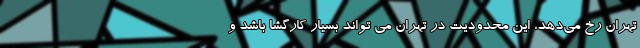
تهران رخ می‌دهد، این محدودیت در تهران می تواند بسیار کارگشا باشد و